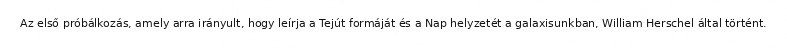
Az első próbálkozás, amely arra irányult, hogy leírja a Tejút formáját és a Nap helyzetét a galaxisunkban, William Herschel által történt.